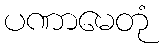
ပဏာမေတုံ